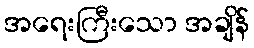
အရေးကြီးသော အချိန်